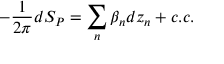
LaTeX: - \frac { 1 } { 2 \pi } d S _ { P } = \sum _ { n } \beta _ { n } d z _ { n } + c . c .